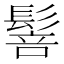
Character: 䯽